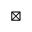
\boxtimes